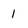
Character: 1